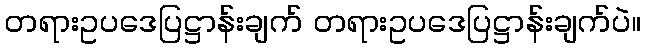
တရားဥပဒေပြဋ္ဌာန်းချက် တရားဥပဒေပြဋ္ဌာန်းချက်ပဲ။